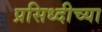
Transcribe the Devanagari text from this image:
प्रसिध्दीच्या